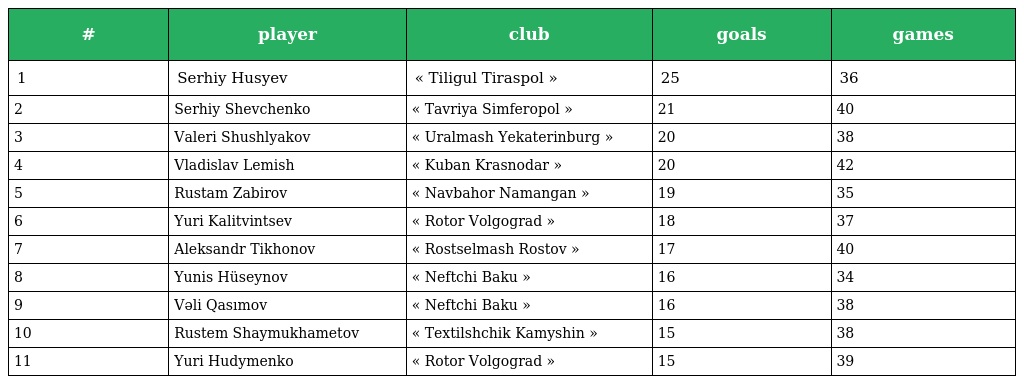
| # | player | club | goals | games |
 | --- | --- | --- | --- | --- |
 | 1 | Serhiy Husyev | « Tiligul Tiraspol » | 25 | 36 |
 | 2 | Serhiy Shevchenko | « Tavriya Simferopol » | 21 | 40 |
 | 3 | Valeri Shushlyakov | « Uralmash Yekaterinburg » | 20 | 38 |
 | 4 | Vladislav Lemish | « Kuban Krasnodar » | 20 | 42 |
 | 5 | Rustam Zabirov | « Navbahor Namangan » | 19 | 35 |
 | 6 | Yuri Kalitvintsev | « Rotor Volgograd » | 18 | 37 |
 | 7 | Aleksandr Tikhonov | « Rostselmash Rostov » | 17 | 40 |
 | 8 | Yunis Hüseynov | « Neftchi Baku » | 16 | 34 |
 | 9 | Vəli Qasımov | « Neftchi Baku » | 16 | 38 |
 | 10 | Rustem Shaymukhametov | « Textilshchik Kamyshin » | 15 | 38 |
 | 11 | Yuri Hudymenko | « Rotor Volgograd » | 15 | 39 |